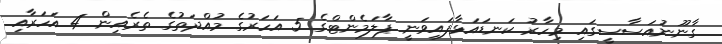
ގާނޫނުއަސާސީގައި މިހާރު ކަނޑައަޅާފައިވަނީ ޕާލަމެންޓްގެ 5 އަހަރުގެ މުއްދަތުގެ ތެރެއިން 4 އަހަރާއި